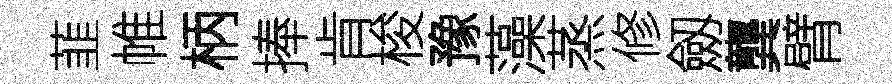
韮帷柄捧肯梭豫藻蒸修劔龔臂